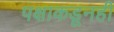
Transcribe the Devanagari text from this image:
पक्षाकडूनही